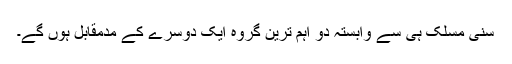
سنی مسلک ہی سے وابستہ دو اہم ترین گروہ ایک دوسرے کے مدمقابل ہوں گے۔